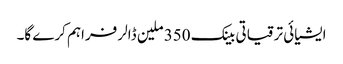
ایشیائی ترقیاتی بینک 350 ملین ڈالر فراہم کرے گا۔